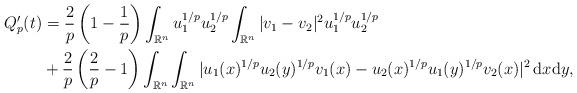
LaTeX: \begin{align*}Q_p'(t)&=\frac{2}{p}\left(1-\frac{1}{p}\right)\int_{\mathbb{R}^n} u_1^{1/p}u_2^{1/p}\int_{\mathbb{R}^n} |v_1-v_2|^2 u_1^{1/p}u_2^{1/p}\\& +\frac{2}{p}\left(\frac{2}{p}-1\right)\int_{\mathbb{R}^n}\int_{\mathbb{R}^n}|u_1(x)^{1/p}u_2(y)^{1/p}v_1(x)-u_2(x)^{1/p}u_1(y)^{1/p}v_2(x)|^2\,\mathrm{d}x\mathrm{d}y,\end{align*}